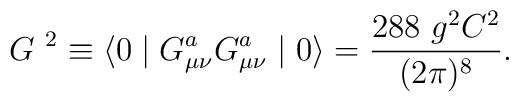
G\ ^2\equiv \langle 0\mid G_{\mu \nu }^aG_{\mu \nu }^a\mid0\rangle =\frac{ 288\ g^2C^2}{(2\pi)^8}.